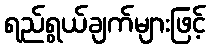
ရည်ရွယ်ချက်များဖြင့်